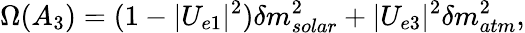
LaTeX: \Omega(A_{3})=(1-|U_{e1}|^{2})\delta m_{solar}^{2}+|U_{e3}|^{2}\delta m_{atm}^{2},